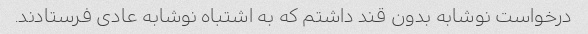
درخواست نوشابه بدون قند داشتم که به اشتباه نوشابه عادی فرستادند.